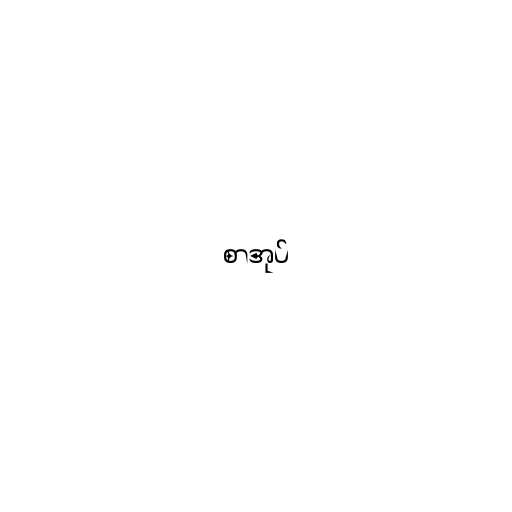
စာအုပ်